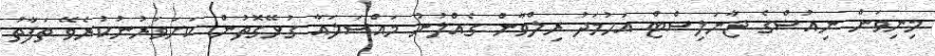
މިނިވަން ނިއުސްގެ ޖާނަލިސްޓް އަހުމަދު ރިލްވާން ގެއްލުނު މައްސަލައާ ގުޅޭގޮތުން ކަށަވަރުނުކުރެވޭ ތަފާތު